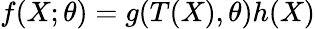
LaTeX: f(X;\theta)=g(T(X),\theta)h(X)